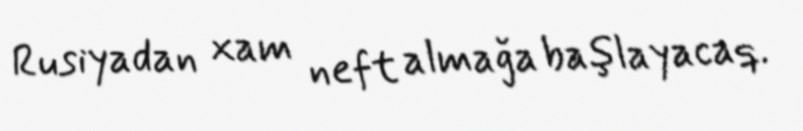
Rusiyadan xam neft almağa başlayacaq.